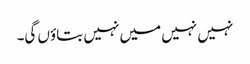
نہیں نہیں میں نہیں بتاؤں گی۔